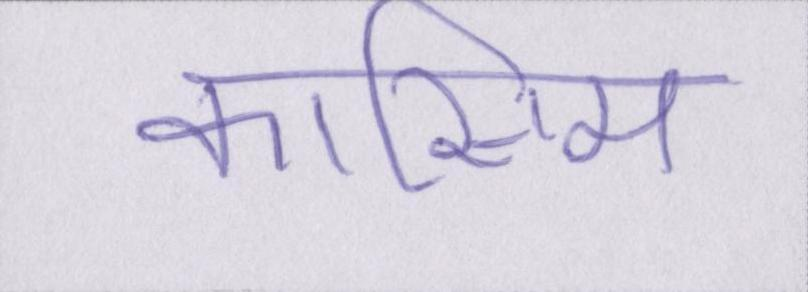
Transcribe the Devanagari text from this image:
कासिम